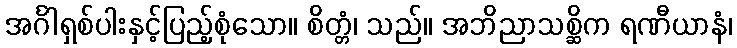
အင်္ဂါရှစ်ပါးနှင့်ပြည့်စုံသော။ စိတ္တံ၊ သည်။ အဘိညာသစ္ဆိက ရဏီယာနံ၊